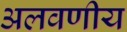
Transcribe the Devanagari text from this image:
अलवणीय